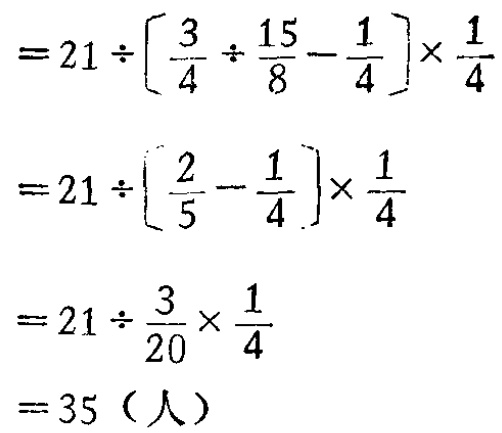
\[

\begin{align*}

&=21\div\left[\frac{3}{4}\div\frac{15}{8}-\frac{1}{4}\right]\times\frac{1}{4}\\

&=21\div\left[\frac{2}{5}-\frac{1}{4}\right]\times\frac{1}{4}\\

&=21\div\frac{3}{20}\times\frac{1}{4}\\

&=35（人）

\end{align*}

\]